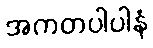
အကတပါပါနံ